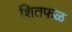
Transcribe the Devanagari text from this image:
शितफळ